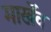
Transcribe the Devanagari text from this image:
मार्खेंव